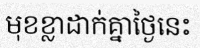
មុខខ្លាដាក់គ្នាថ្ងៃនេះ